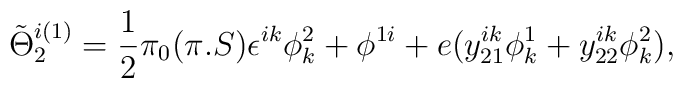
\tilde\Theta ^{i(1)}_2={1\over 2}\pi _0(\pi .S)\epsilon ^{ik}\phi ^2_k +\phi ^{1i}+e(y^{ik}_{21}\phi^1_k+y^{ik}_{22}\phi^2_k),